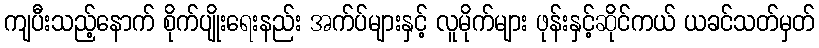
ကျပီးသည့်နောက် စိုက်ပျိုးရေးနည်း အက်ပ်များနှင့် လူမိုက်များ ဖုန်းနှင့်ဆိုင်ကယ် ယခင်သတ်မှတ်